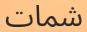
شمات